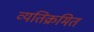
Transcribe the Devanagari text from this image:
व्यतिक्रमित